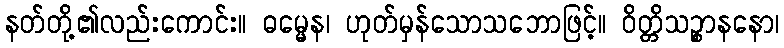
နတ်တို့၏လည်းကောင်း။ ဓမ္မေန၊ ဟုတ်မှန်သောသဘောဖြင့်။ ဝိတ္တိသဉ္စာနနော၊